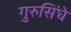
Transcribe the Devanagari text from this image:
गुरुसिंघे